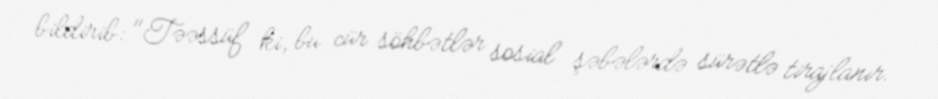
bildirib: "Təəssüf ki, bu cür söhbətlər sosial şəbələrdə sürətlə tirajlanır.